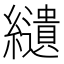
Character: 𦇞